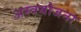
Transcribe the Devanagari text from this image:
अस्त्रयोजना